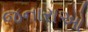
જનારાઓ